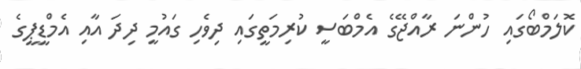
ކޮލަމްބޯގައި ހުންނަ ރާއްޖޭގެ އެމްބަސީ ކުރިމަތީގައި ދިވެހި ގައުމީ ދިދަ އާއި އެމްޑީޕީގެ